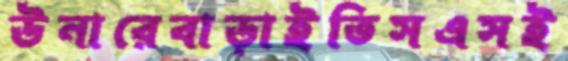
উনারেবাড়াইতিসএসই